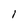
Character: l